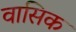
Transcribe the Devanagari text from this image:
वासिक